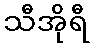
သီအိုရီ